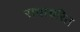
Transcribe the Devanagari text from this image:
राधाचरित